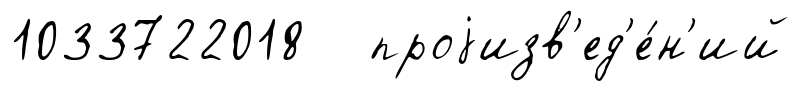
1033722018 проjизв'ед'е́н'ий